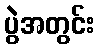
ပွဲအတွင်း